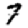
Digit: 7